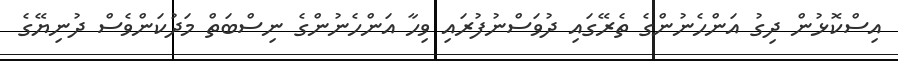
އިސްކޮޅުން ދިގު އަންހެނުންގެ ތެރޭގައި ދުވަސްނުފުރައި ވިހާ އަންހެނުންގެ ނިސްބަތް މަދުކަންވެސް ދުނިޔޭގެ